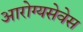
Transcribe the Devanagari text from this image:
आरोग्यसेवेस